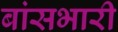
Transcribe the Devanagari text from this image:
बांसभारी